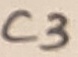
Text: C3